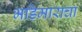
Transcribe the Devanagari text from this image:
भडिमाराचा